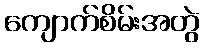
ကျောက်စိမ်းအတွဲ